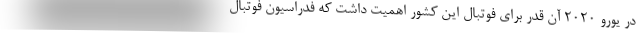
در یورو 2020 آن قدر برای فوتبال این کشور اهمیت داشت که فدراسیون فوتبال